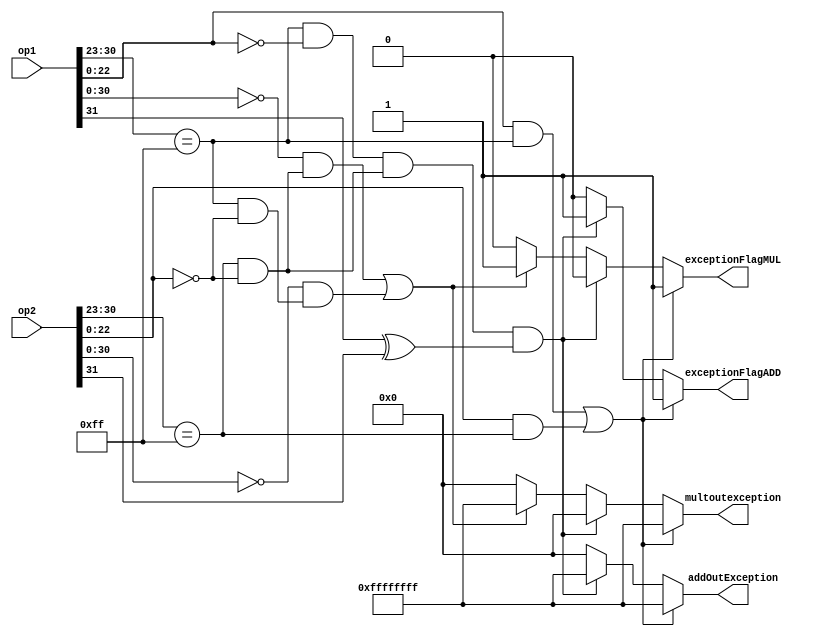
module exception(
input [31:0]op1,
input [31:0]op2, 
output reg [31:0]addOutException,
output reg [31:0]multoutexception,
output reg exceptionFlagADD,
output reg exceptionFlagMUL
);

//exception flag default=0
initial begin
exceptionFlagADD=0;
exceptionFlagMUL=0;
end


always @(*)
begin
if((op1[22:0] && op1[30:23]=={8{1'b1}}) || (op2[22:0] && op2[30:23]=={8{1'b1}}))
	begin
	exceptionFlagADD=1;
	exceptionFlagMUL=1;
	addOutException={32{1'b1}};	//NaN
	multoutexception={32{1'b1}}; //NaN
	end
else if((op1[30:23]=={8{1'b1}} && op1[22:0]=={23{1'b0}}) && (op2[30:23]=={8{1'b1}} && op2[22:0]=={23{1'b0}}) && (op1[31]^op2[31]))
	begin
	exceptionFlagADD=1;
	exceptionFlagMUL=0;
	addOutException={32{1'b1}};	//infinity-infinity
	multoutexception={32{1'b0}};
	end

else if(((op1[30:0]==31'b0)&&(op2[30:23]=={8{1'b1}} && op2[22:0]=={23{1'b0}}))||((op2[30:0]==31'b0)&&(op1[30:23]=={8{1'b1}} && op2[22:0]=={23{1'b0}})))
	begin
	exceptionFlagADD=0;	
	exceptionFlagMUL=1;
	addOutException={32{1'b0}};
	multoutexception={32{1'b1}};	//0 x infinity
	end
else begin
	exceptionFlagADD=0;
	exceptionFlagMUL=0;
	addOutException={32{1'b0}};
	multoutexception={32{1'b0}};
	end
end
endmodule